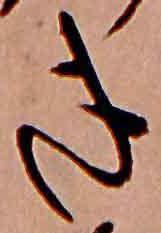
き